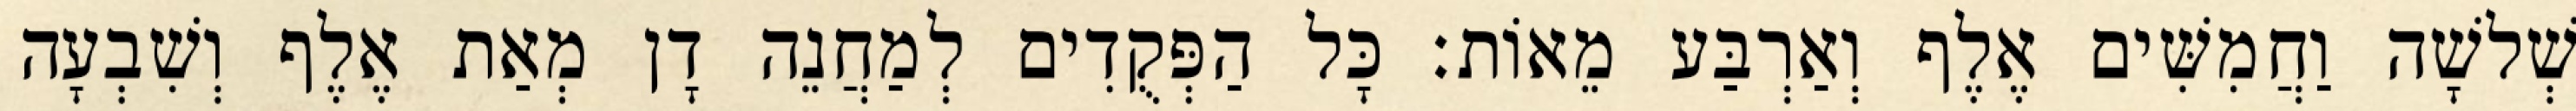
שְׁלשָׁה וַחֲמִשִּׁים אֶלֶף וְאַרְבַּע מֵאוֹת׃ כָּל הַפְּקֻדִים לְמַחֲנֵה דָן מְאַת אֶלֶף וְשִׁבְעָה